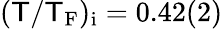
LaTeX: (\mathsf{T}/\mathsf{T}_{\mathrm{{F}}})_{\mathrm{{i}}}=0.42(2)